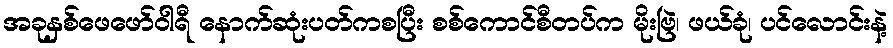
အခုနှစ်ဖေဖော်ဝါရီ နောက်ဆုံးပတ်ကစပြီး စစ်ကောင်စီတပ်က မိုးဗြဲ၊ ဖယ်ခုံ၊ ပင်လောင်းနဲ့